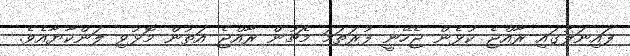
ފައިނަލުގައި ރާއްޖެ ކުޅެން ޖެހޭނީ ފުރަތަމަ މެޗުން ރާއްޖެ އަތުން މޮޅުވި ލަންކާޔާއެވެ.